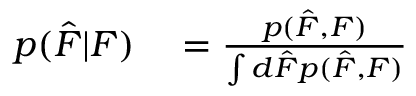
\begin{array} { r l } { p ( \hat { F } | F ) } & { { } = \frac { p ( \hat { F } , F ) } { \int d \hat { F } p ( \hat { F } , F ) } } \end{array}